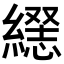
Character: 𦄥